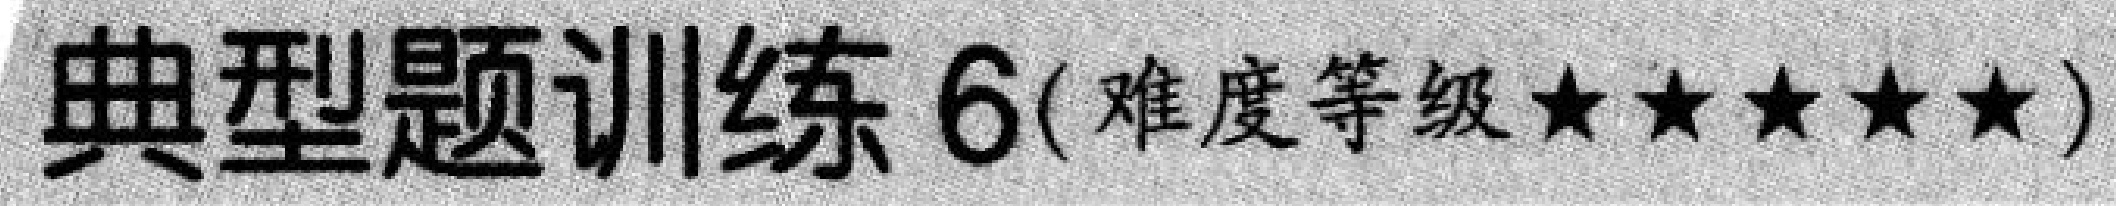
典型题训练 6(难度等级★★★★★)